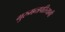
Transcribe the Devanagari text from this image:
गुरुमन्त्रपरित्यागी